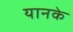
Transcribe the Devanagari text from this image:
यानके